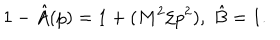
1 - \hat { A } ( p ) = 1 + ( M ^ { 2 } / p ^ { 2 } ) , \; \hat { B } = 1 .